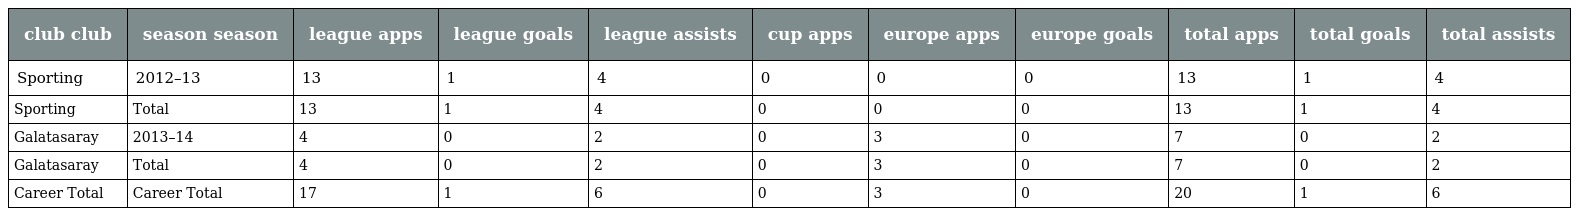
| club club | season season | league apps | league goals | league assists | cup apps | europe apps | europe goals | total apps | total goals | total assists |
 | --- | --- | --- | --- | --- | --- | --- | --- | --- | --- | --- |
 | Sporting | 2012–13 | 13 | 1 | 4 | 0 | 0 | 0 | 13 | 1 | 4 |
 | Sporting | Total | 13 | 1 | 4 | 0 | 0 | 0 | 13 | 1 | 4 |
 | Galatasaray | 2013–14 | 4 | 0 | 2 | 0 | 3 | 0 | 7 | 0 | 2 |
 | Galatasaray | Total | 4 | 0 | 2 | 0 | 3 | 0 | 7 | 0 | 2 |
 | Career Total | Career Total | 17 | 1 | 6 | 0 | 3 | 0 | 20 | 1 | 6 |